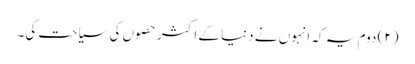
(۲) دوم یہ کہ انہوں نے دنیا کے اکثر حصوں کی سیاحت کی۔